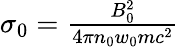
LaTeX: \begin{array}{r}{\sigma_{0}=\frac{B_{0}^{2}}{4\pi n_{0}w_{0}mc^{2}}}\end{array}